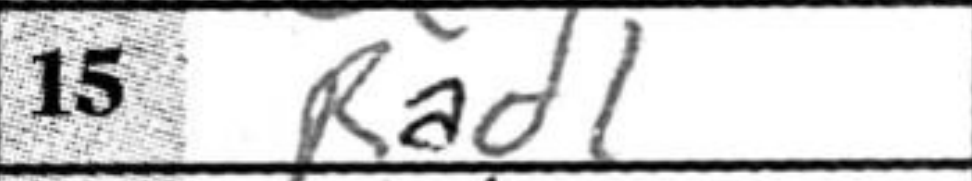
Transcription: Rad1